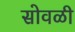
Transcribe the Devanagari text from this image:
सोवळी